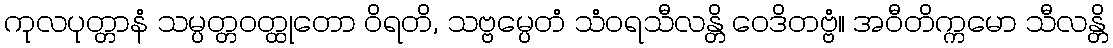
ကုလပုတ္တာနံ သမ္ပတ္တဝတ္ထုတော ဝိရတိ, သဗ္ဗမ္ပေတံ သံဝရသီလန္တိ ဝေဒိတဗ္ဗံ။ အဝီတိက္ကမော သီလန္တိ